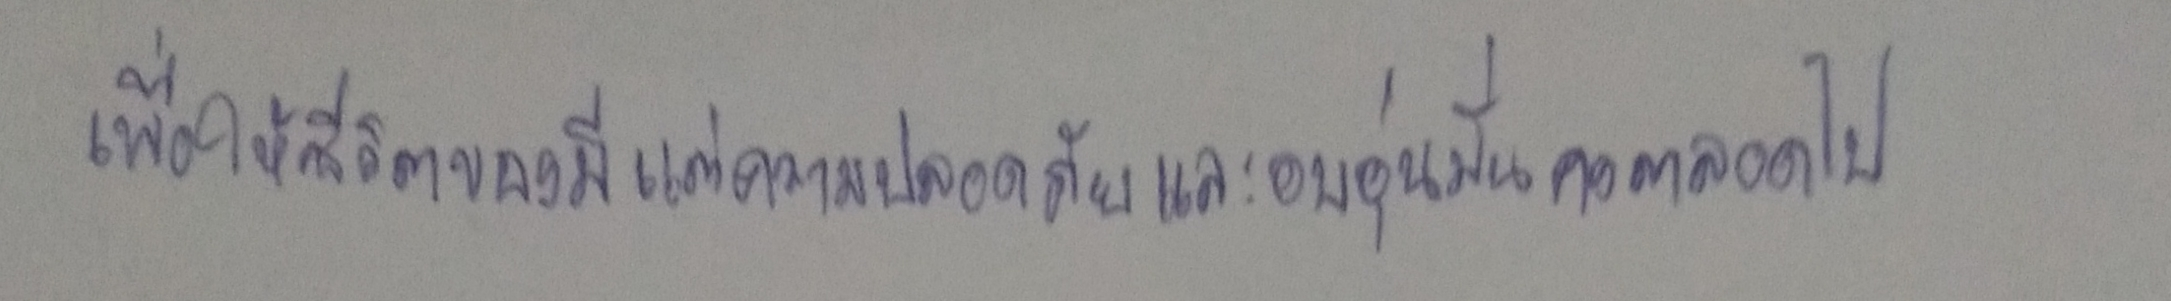
เพื่อให้ชีวิตของมีแต่ความปลอดภัยและอบอุ่นมั่นคงตลอดไป